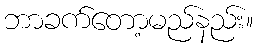
ဘာခက်တော့မည်နည်း။